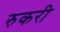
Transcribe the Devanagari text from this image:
रुकरी